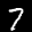
Label: 7